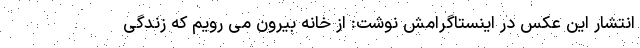
انتشار این عکس در اینستاگرامش نوشت: از خانه بیرون می رویم که زندگی